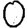
Digit: 0